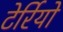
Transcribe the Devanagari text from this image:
टेर्रियो